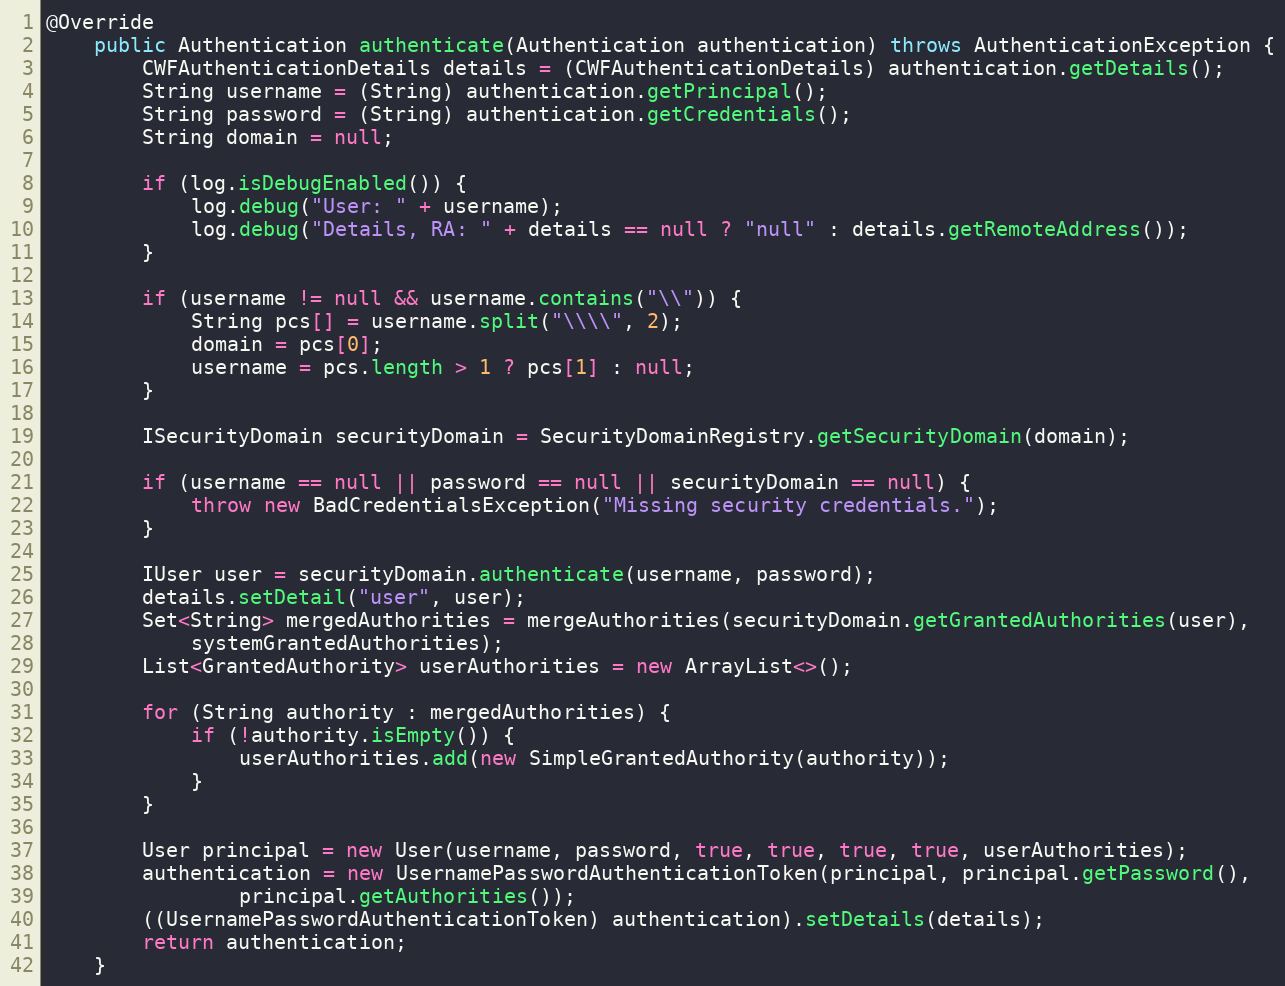
Language: Java
@Override
    public Authentication authenticate(Authentication authentication) throws AuthenticationException {
        CWFAuthenticationDetails details = (CWFAuthenticationDetails) authentication.getDetails();
        String username = (String) authentication.getPrincipal();
        String password = (String) authentication.getCredentials();
        String domain = null;

        if (log.isDebugEnabled()) {
            log.debug("User: " + username);
            log.debug("Details, RA: " + details == null ? "null" : details.getRemoteAddress());
        }

        if (username != null && username.contains("\\")) {
            String pcs[] = username.split("\\\\", 2);
            domain = pcs[0];
            username = pcs.length > 1 ? pcs[1] : null;
        }

        ISecurityDomain securityDomain = SecurityDomainRegistry.getSecurityDomain(domain);

        if (username == null || password == null || securityDomain == null) {
            throw new BadCredentialsException("Missing security credentials.");
        }

        IUser user = securityDomain.authenticate(username, password);
        details.setDetail("user", user);
        Set<String> mergedAuthorities = mergeAuthorities(securityDomain.getGrantedAuthorities(user),
            systemGrantedAuthorities);
        List<GrantedAuthority> userAuthorities = new ArrayList<>();

        for (String authority : mergedAuthorities) {
            if (!authority.isEmpty()) {
                userAuthorities.add(new SimpleGrantedAuthority(authority));
            }
        }

        User principal = new User(username, password, true, true, true, true, userAuthorities);
        authentication = new UsernamePasswordAuthenticationToken(principal, principal.getPassword(),
                principal.getAuthorities());
        ((UsernamePasswordAuthenticationToken) authentication).setDetails(details);
        return authentication;
    }